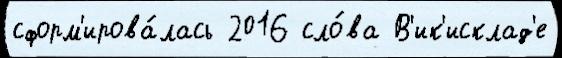
сформ'ирова́лась 2016 сло́ва В'ик'исклад'е